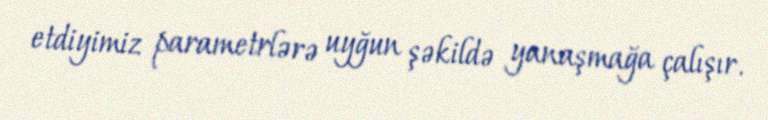
etdiyimiz parametrlərə uyğun şəkildə yanaşmağa çalışır.